Calcutta medical institutions reports 1879-81 [i.e.91]
Year: 1879
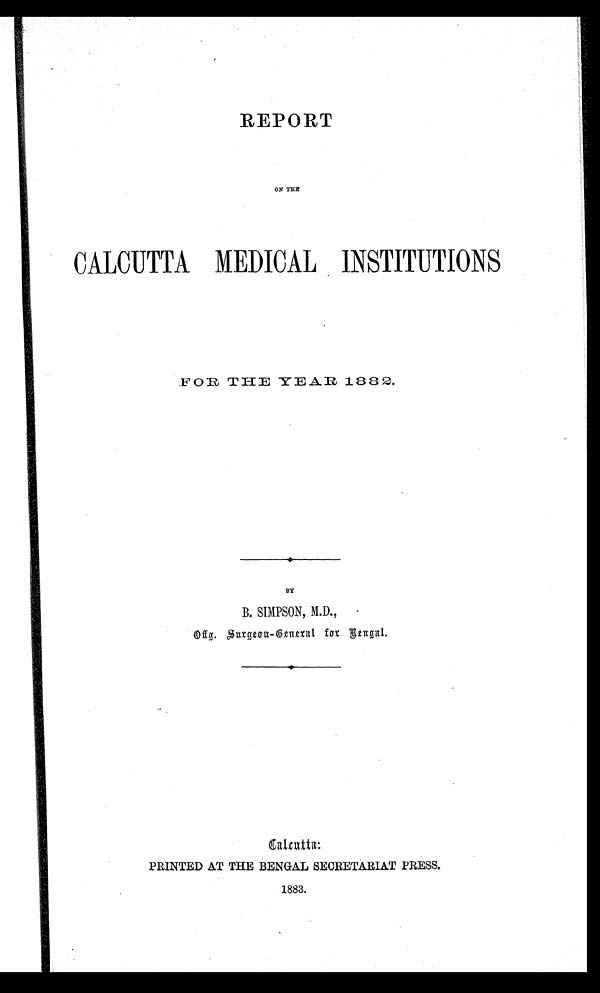
REPORT
ON THE
CALCUTTA MEDICAL INSTITUTIONS
FOR THE YEAR 1882.
BY
B. SIMPSON, M.D.,
O f g . S u r g e o n - G e n e r a l f o r B e n g a l .
Calcutta:
PRINTED AT THE BENGAL SECRETARIAT PRESS.
1883.